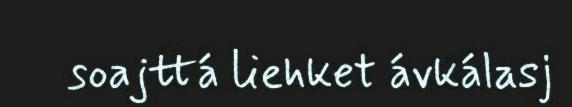
soajttá liehket ávkálasj